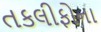
તકલીફોના